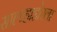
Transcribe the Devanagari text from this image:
साल्व्हाडोरला